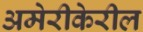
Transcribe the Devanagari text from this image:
अमेरीकेरील